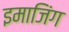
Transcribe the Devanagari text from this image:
इमाजिंग